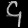
Digit: ၄